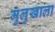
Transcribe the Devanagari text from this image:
मुलुखाला